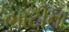
ભાટીના